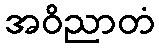
အဝိညာတံ